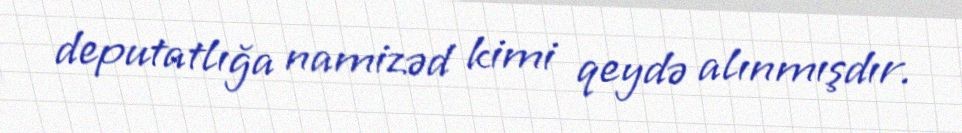
deputatlığa namizəd kimi qeydə alınmışdır.